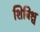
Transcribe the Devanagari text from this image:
शिबिश्च